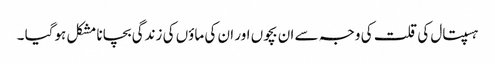
ہسپتال کی قلت کی وجہ سے ان بچوں اور ان کی ماؤں کی زندگی بچانا مشکل ہوگیا ۔